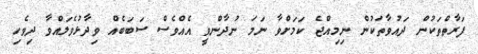
ފަރާތްތަކުން ދައުވާތަކުން ނިމިއްޖެ ކަމަށްވާ ނަމަ ނުދާންވީ އެއްވެސް ސަބަބެއް ވިދާޅުވެލައްވާ ދިވެހި